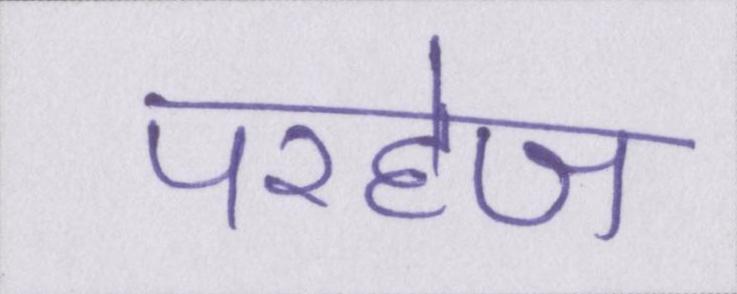
परहेज